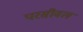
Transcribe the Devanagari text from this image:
परसीवल